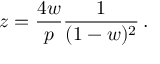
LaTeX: z = { \frac { 4 w } { p } } { \frac { 1 } { ( 1 - w ) ^ { 2 } } } \, .